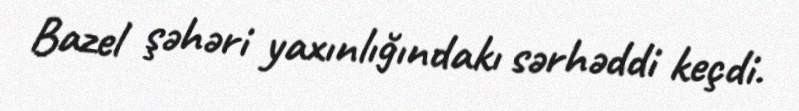
Bazel şəhəri yaxınlığındakı sərhəddi keçdi.